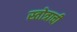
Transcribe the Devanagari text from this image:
स्तोत्राची